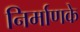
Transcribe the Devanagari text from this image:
निर्माणके